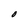
Character: O